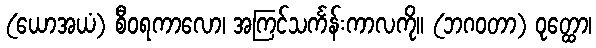
(ယောအယံ) စီဝရကာလော၊ အကြင်သင်္ကန်းကာလကို။ (ဘဂဝတာ) ဝုတ္ထော၊